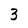
Character: 3